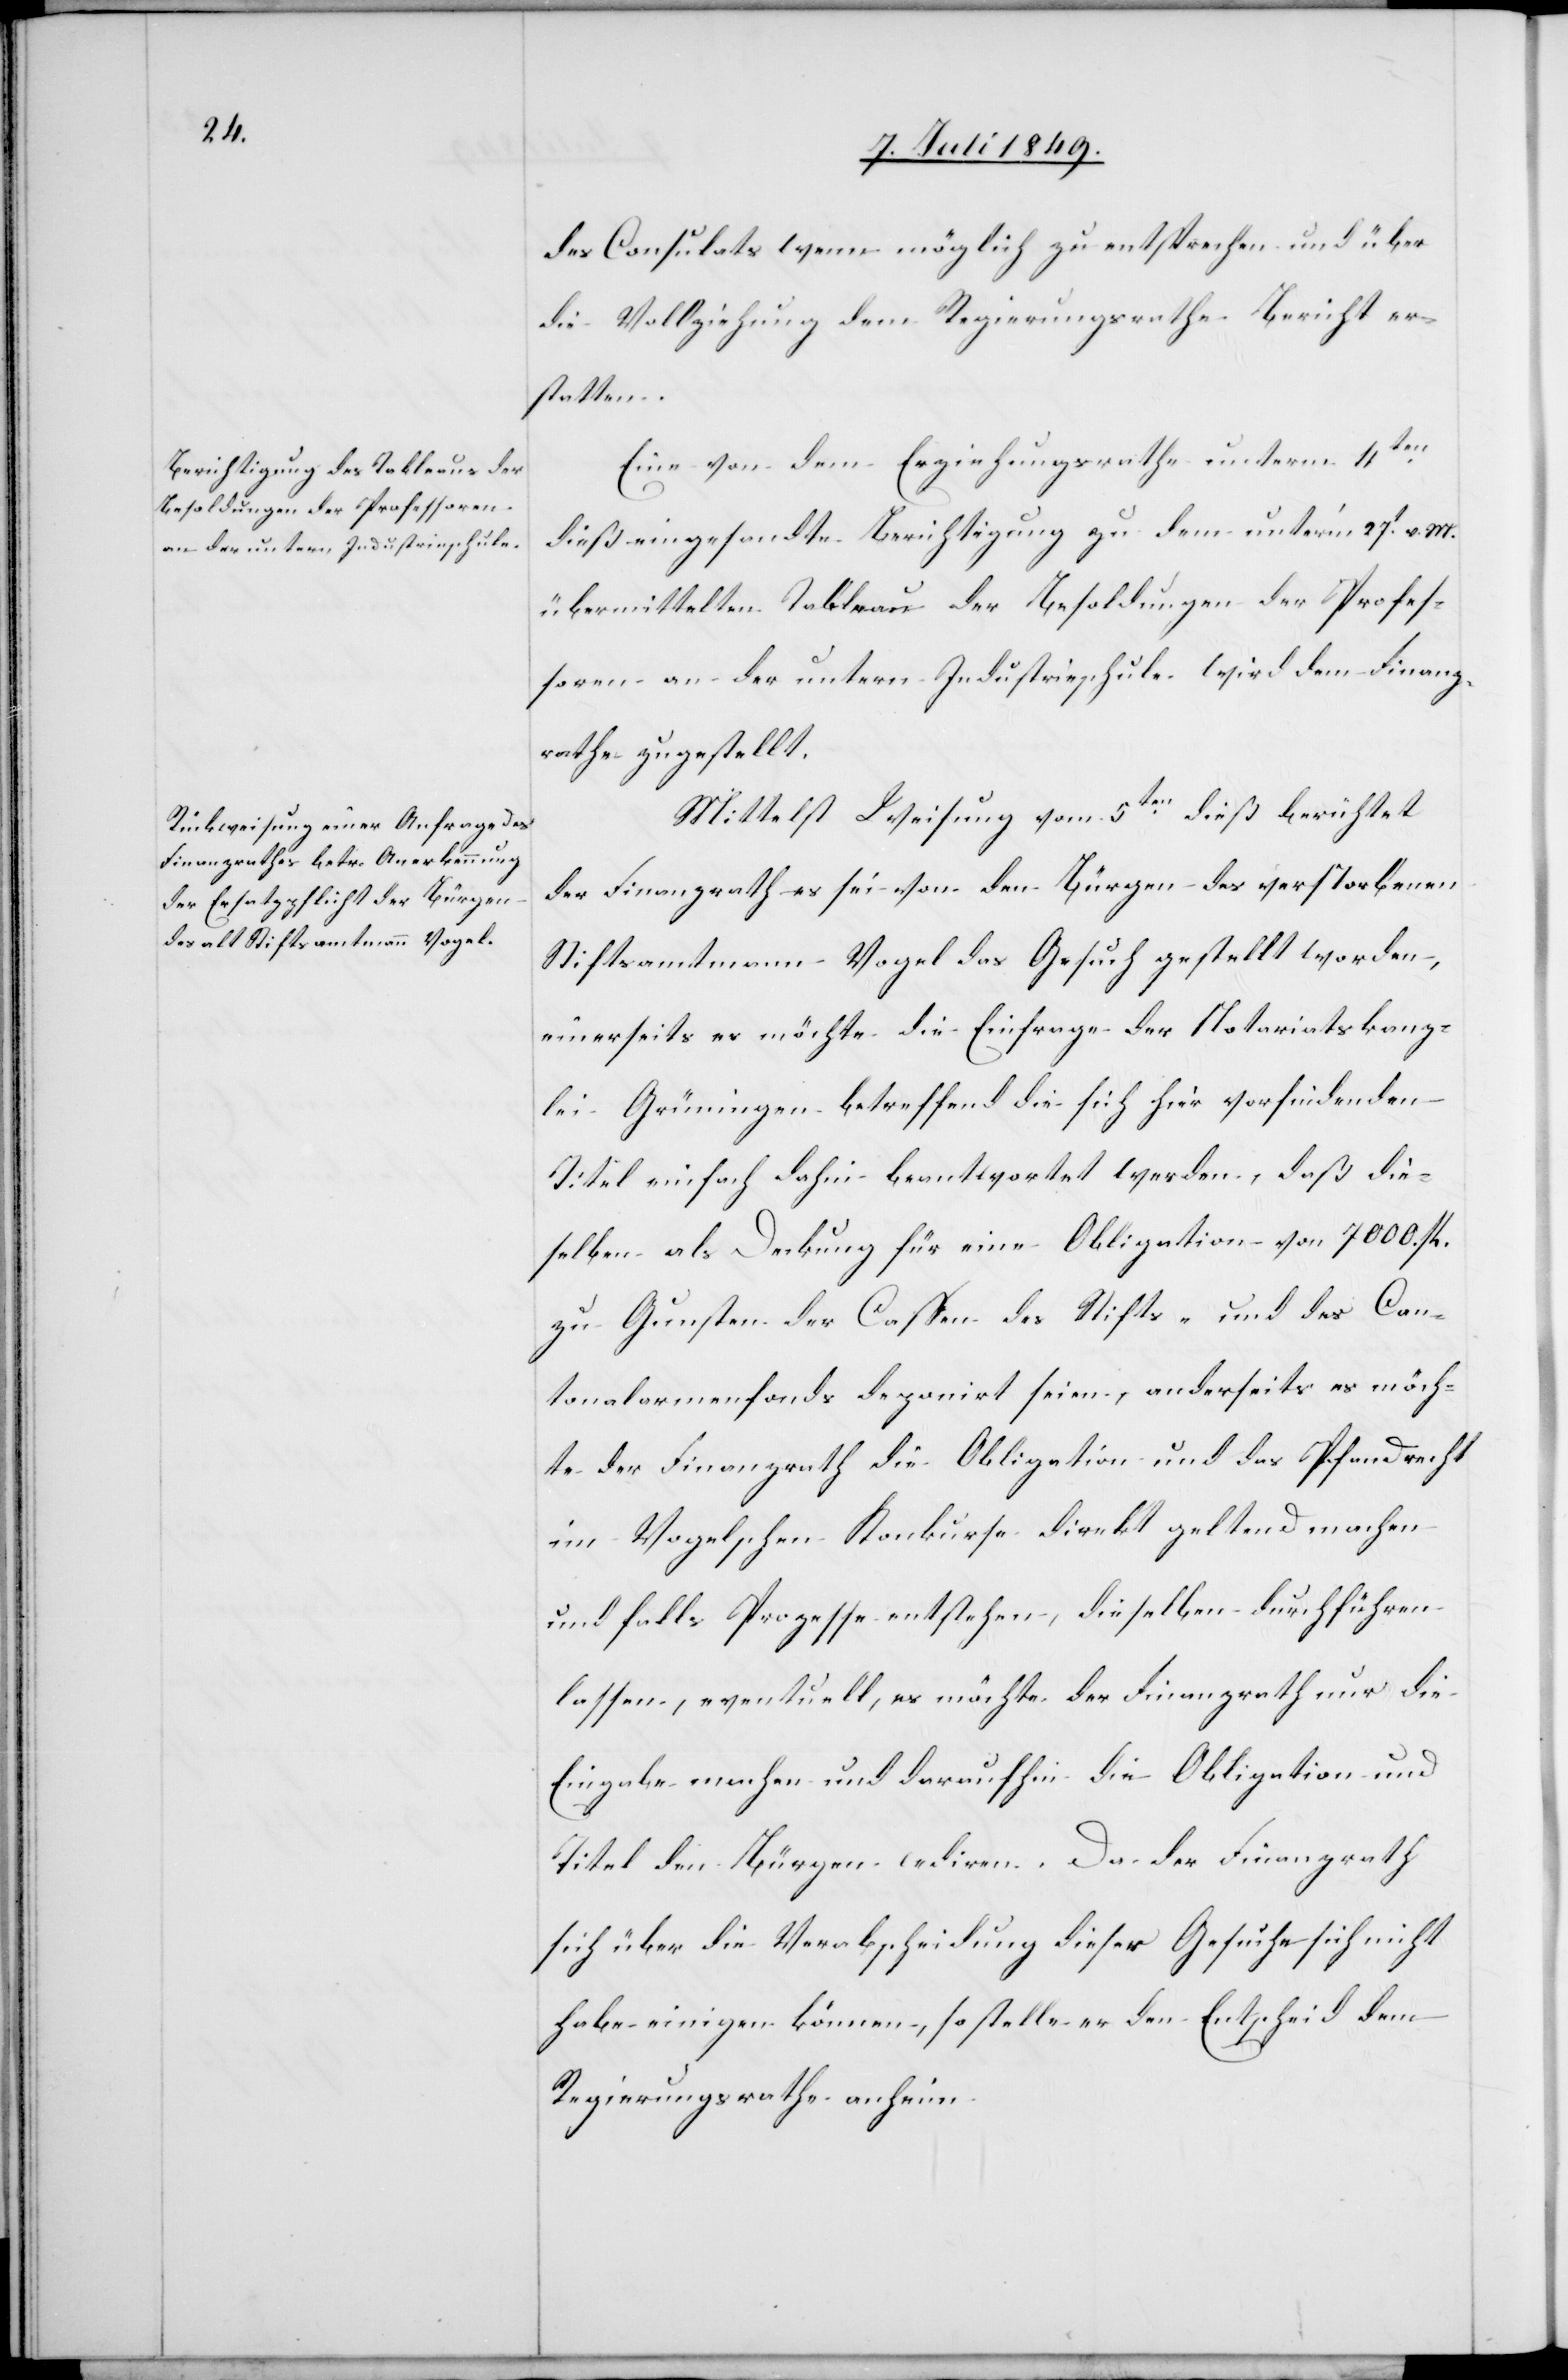
des Consulats wenn möglich zu entsprechen und über
die Vollziehung dem Regierungsrathe Bericht er¬
statten.
Eine von dem Erziehungsrath unterm 4ten
dieß eingesandte Berichtigung zu dem unter’m 27t v.
übermittelten Tableau der Besoldungen der Profes¬
soren an der untern Industrieschule wird dem Finanz¬
rathe zugestellt.
Mittelst Weisung vom 5ten dieß berichtet
der Finanzrath es sei von den Bürgen des verstorbenen
Stiftsamtmann Vogel das Gesuch gestellt worden,
einerseits es möchte die Einfrage der Notariatskanz¬
lei Grüningen betreffend die sich hier vorfindenden
Titel einfach dahin beantwortet werden, daß die¬
selben als Deckung für eine Obligation von 7000 fl.
zu Gunsten der Cassen des Stifts- und des Can¬
tonalarmenfonds deponirt seien, anderseits es möch¬
te der Finanzrath die Obligation und das Pfandrecht
im Vogelschen Konkurse direkt geltend machen
und falls Prozesse entstehen, dieselben durchführen
lassen, eventuell, es möchte der Finanzrath nur die
Eingabe machen und daraufhin die Obligation und
Titel den Bürgern cediren. Da der Finanzrath
sich über die Verabscheidung dieser Gesuche sich nicht
habe einigen können, so stelle er den Entscheid dem
Regierungsrathe anheim.